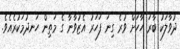
ދުވާލަކު ބާރަ ހާހަށް ވުރެ ގިނަ ފަހަރު އެޒުވާނާ ގެ މަތިން ހަނދުމަކުރެއެވެ.